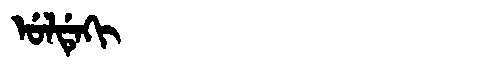
Manchu: ᡠᠯᡩᡝᡴᡳ
Romanization: ULDEKI